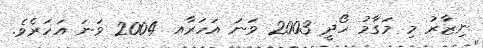
ނިޒާރު މި މަގާމު ހޯދީ 2003 ވަނަ އަހަރާއ 2004 ވަނަ އަހަރެވެ.